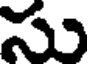
సు